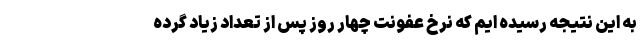
به این نتیجه رسیده ایم که نرخ عفونت چهار روز پس از تعداد زیاد گرده